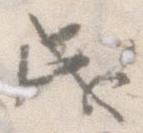
成